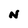
Character: N